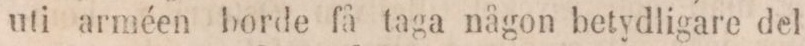
uti arméen borde få taga någon betydligare del